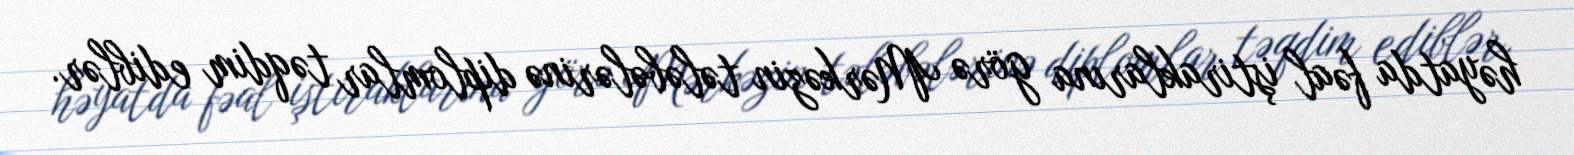
həyatda fəal iştiraklarına görə Mərkəzin tələbələrinə diplomlar təqdim ediblər.